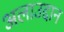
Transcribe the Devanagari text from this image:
अलाउद्दान